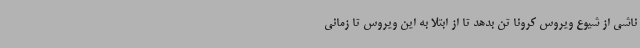
ناشی از شیوع ویروس کرونا تن بدهد تا از ابتلا به این ویروس تا زمانی